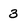
Character: 3